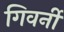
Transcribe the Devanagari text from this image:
गिवर्नी